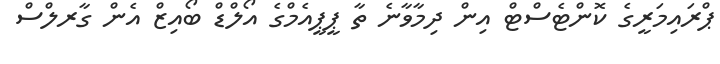
ޕްރައިމަރީގެ ކޮންޓެސްޓް އިން ދިމާވާނެ ތާ ޕީޕީއެމްގެ އޯލްޑް ބޯއިޒް އެން ގާރލްސް